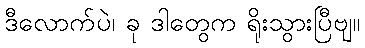
ဒီလောက်ပဲ၊ ခု ဒါတွေက ရိုးသွားပြီဗျ။